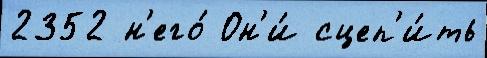
2352 н'его́ Он'и́ сцеп'и́ть